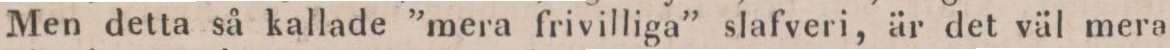
Men detta så kallade ”mera frivilliga” slafveri, är det väl mera